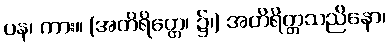
ပန၊ ကား။ (အတိရိတ္တေ၊ ၌၊) အတိရိတ္တသညိနော၊